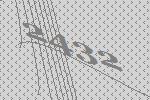
2432